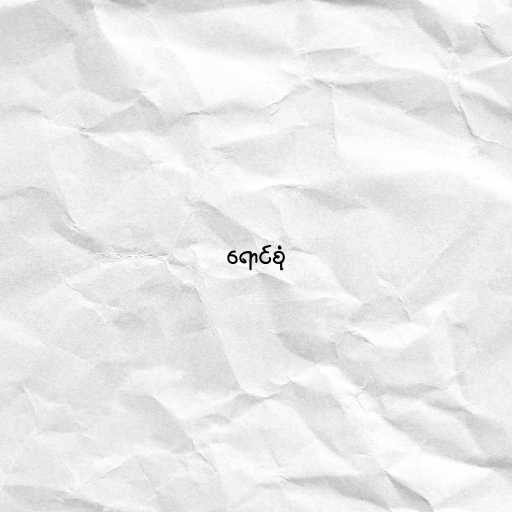
ရောင်စုံ